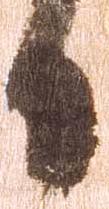
日